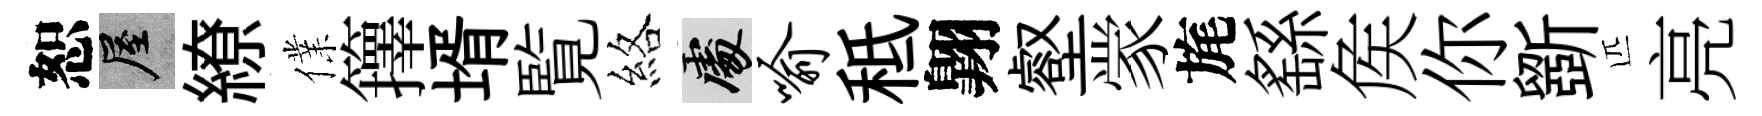
恕屋繚㒒籜壻覧絡處喻秪翺壑䝉旄繇矦你斵匹亮